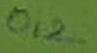
Text: 0,2